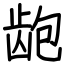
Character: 龅